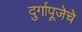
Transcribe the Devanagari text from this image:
दुर्गापूजेचे